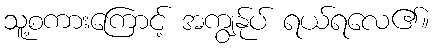
သူ့စကားကြောင့် အကျွန်ုပ် ရယ်ရလေ၏။